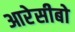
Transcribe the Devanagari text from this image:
आरेसीबो